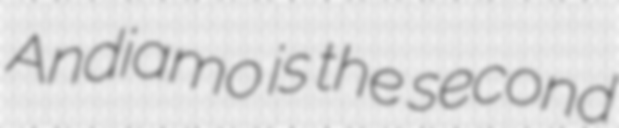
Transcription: Andiamo is the second